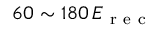
6 0 \sim 1 8 0 \, E _ { \mathrm { ~ r ~ e ~ c ~ } }